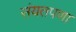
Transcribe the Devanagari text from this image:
संयतपणा